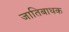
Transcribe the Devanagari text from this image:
जातिबाधक